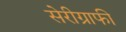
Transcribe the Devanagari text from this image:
सेरीग्राफी